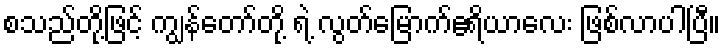
စသည်တို့ဖြင့် ကျွန်တော်တို့ ရဲ့ လွတ်မြောက်ဧရိယာလေး ဖြစ်လာပါပြီ။